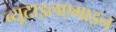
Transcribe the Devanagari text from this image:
ब्यूटाइलएमाइन